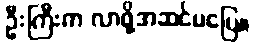
ဦးကြီးက လာဖို့အဆင်မပြေ။